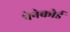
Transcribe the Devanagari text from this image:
पेनेकोर्ड